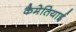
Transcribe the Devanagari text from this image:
कैमेतियाई